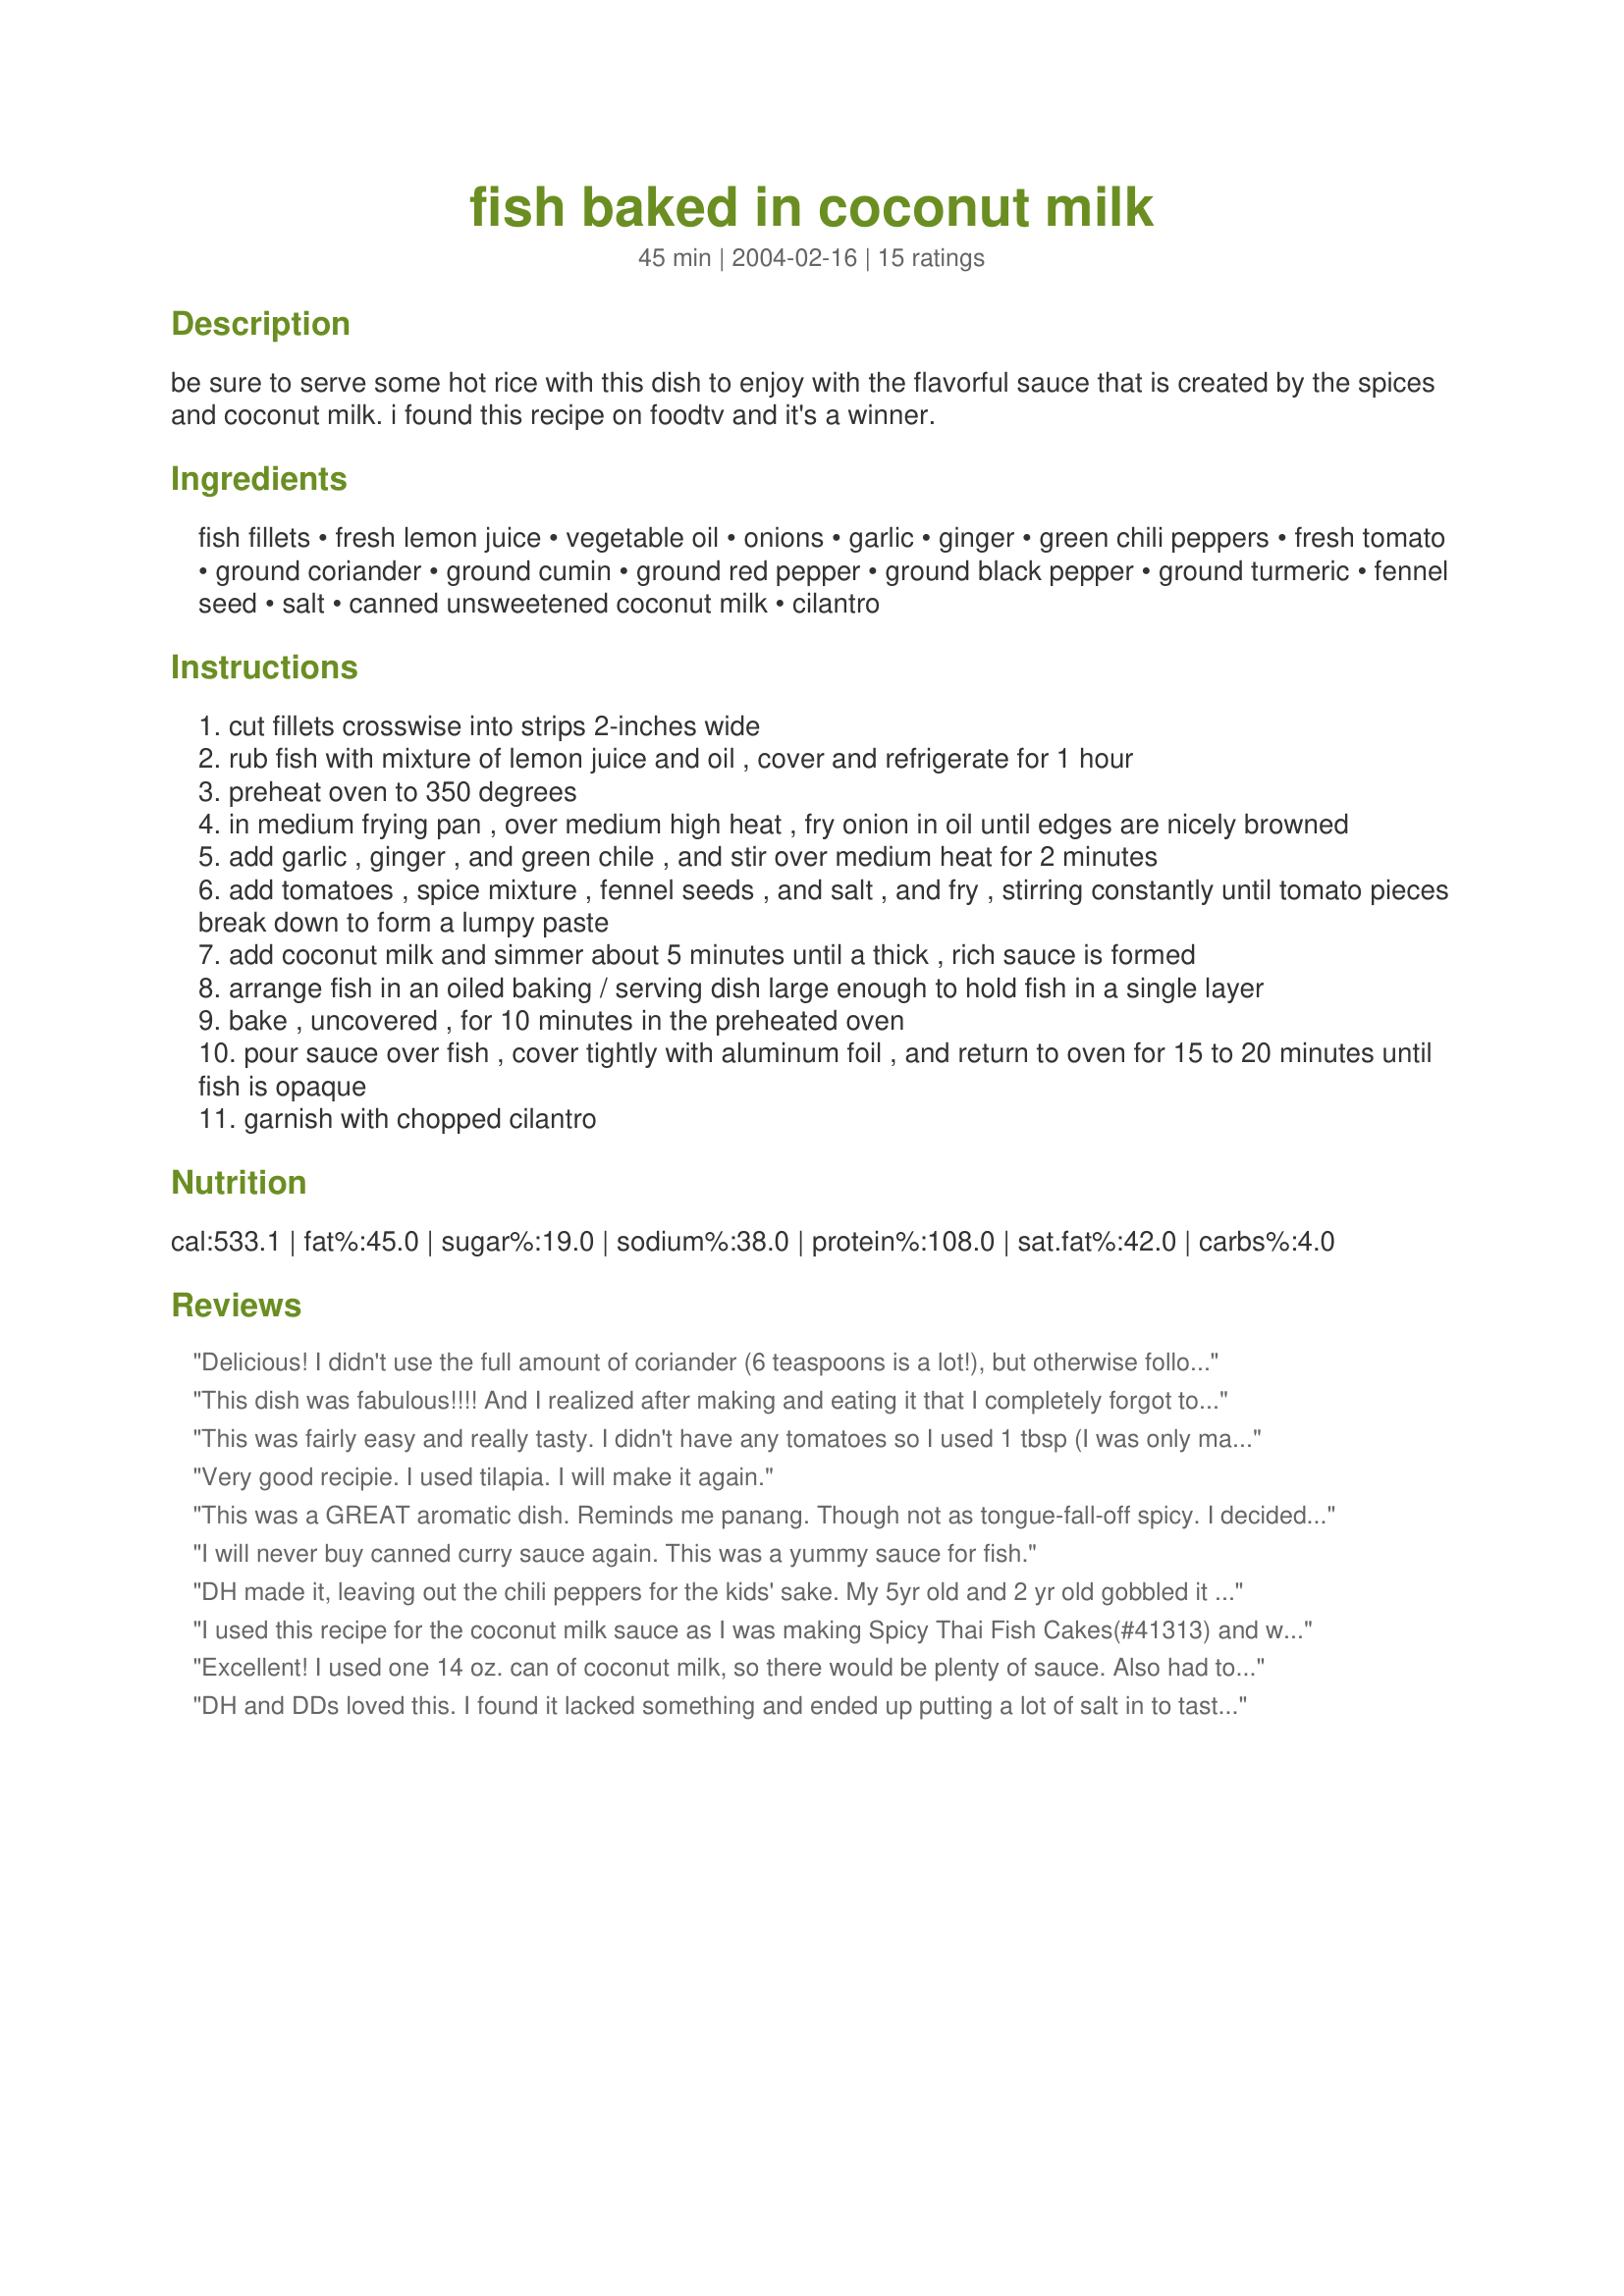
fish baked in coconut milk
Preparation time: 45 minutes

be sure to serve some hot rice with this dish to enjoy with the flavorful sauce that is created by the spices and coconut milk. i found this recipe on foodtv and it's a winner.

Ingredients:
fish fillets, fresh lemon juice, vegetable oil, onions, garlic, ginger, green chili peppers, fresh tomato, ground coriander, ground cumin, ground red pepper, ground black pepper, ground turmeric, fennel seed, salt, canned unsweetened coconut milk, cilantro

Steps:
cut fillets crosswise into strips 2-inches wide
rub fish with mixture of lemon juice and oil , cover and refrigerate for 1 hour
preheat oven to 350 degrees
in medium frying pan , over medium high heat , fry onion in oil until edges are nicely browned
add garlic , ginger , and green chile , and stir over medium heat for 2 minutes
add tomatoes , spice mixture , fennel seeds , and salt , and fry , stirring constantly until tomato pieces break down to form a lumpy paste
add coconut milk and simmer about 5 minutes until a thick , rich sauce is formed
arrange fish in an oiled baking / serving dish large enough to hold fish in a single layer
bake , uncovered , for 10 minutes in the preheated oven
pour sauce over fish , cover tightly with aluminum foil , and return to oven for 15 to 20 minutes until fish is opaque
garnish with chopped cilantro

Reviews:
Delicious! I didn't use the full amount of coriander (6 teaspoons is a lot!), but otherwise followed the recipe to the letter. It was very aromatic and tasty. Thanks!
This dish was fabulous!!!! And I realized after making and eating it that I completely forgot to put the coriander in. It was great without it. I did use more coconut milk than what was called for. My husband loved it. It was quite tasty. I highly recommend it. I served it over some Mango Coucous (comes in a box and takes 5 minutes to make) - together it was sensational.
This was fairly easy and really tasty. I didn't have any tomatoes so I used 1 tbsp (I was only making half the recipe) and a decent splash of water to make the sauce. Came out great! I can see this working really well with prawns or chicken too.
Very good recipie. I used tilapia. I will make it again.
This was a GREAT aromatic dish. Reminds me panang. Though not as tongue-fall-off spicy. I decided to double the coconut milk, and used picked pepperocini's instead. Then served it over rice. It was absolutely delicious. Though it's not a kid pleaser. Thanks for the recipe Geema!
I will never buy canned curry sauce again. This was a yummy sauce for fish.
DH made it, leaving out the chili peppers for the kids' sake. My 5yr old and 2 yr old gobbled it up; the onion-hating 8 yr old balked. I loved this new taste for fish. We also mixed fish & shrimp, and upped the milk to 1 1/2 cans.
I used this recipe for the coconut milk sauce as I was making Spicy Thai Fish Cakes(#41313) and wanted a sauce to pour over them. I fried the onion and garlic, then added some red curry paste (I was out of tomatoes) and the spice mixture. I added the milk and let it come to a low boil. I then added some basmati rice which I had pre-cooked. Then I strained it and served the smooth milk as a gravy/sauce. This was all a big hit. My stepson even gave me a 'thumbs up' which is a rarity! Thank you!
Excellent! I used one 14 oz. can of coconut milk, so there would be plenty of sauce. Also had to cook longer than specified (total of 45 minutes) because my cod was very thick. Hubby and brother-in-law loved it.
DH and DDs loved this. I found it lacked something and ended up putting a lot of salt in to taste the spices. I had to halve the garlic because DH is seeing patients tomorrow so maybe that's what was wrong... Still, DDs said it was yummy so thank you for another recipe to add to my family collection.
Thank you for this tasty recipe. I modified it slightly by cutting the fish (ahi) into 1 inch chunks, which saved on the cooking time a bit. I also added frozen peas and thawed frozen shrimp just before serving and they were a yummy addition. Also used brown rice and light coconut milk for health reasons. Will definitely be making this dish again as we couldn't get enough of it!
Fantastic recipe Geema!!! made this for lunch to take to my inlaws. Used my own masala instead of the spice mix which is anyway a mix of fennel, cumin, coriander, pepper, aniseed and bayleaf which I always keep on hand (lovely to add to a vegetable preparation too!!!). Added the cayenne and turmeric. And then followed the recipe using the green chilli and floored them folks!!!Thanks!!! Fay khush hui!!!! (Means you made Fay happy in Hindi. It is a famous dialogue from a Bollywood film rather like I'll be Back by AS);) Fay
Very good. I used cod, and cheated with a ready made curry paste. I thought the coconut flavor would be more pronounced, so I will cut a little back on the spices next time (just my taste)
i am rating this 4 star although Hugh told me this morning(!) that he thought it should be 5!! I did add shrimps to the final cooking stage, used tin crushed tomatoes with chilli and garlic. I think really the spices should be gently heated til aromatic at the start and then the remaining ingredients added to the sauce. I think also the coconut milk could be increased and the stock decreased. However it still made a very nice meal but I found the relatively uncooked spices rather "floury" tasting in the present recipe form
I think I should have used more coconut milk to get the consistency I wanted/expected. Other than that it was very tasty and made an impressive meal with forbidden black rice and frizzled cabbage.
